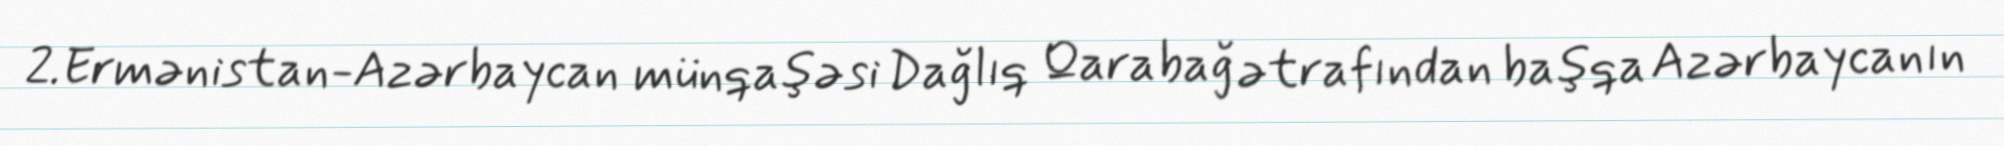
2.Ermənistan-Azərbaycan münqaşəsi Dağlıq Qarabağ ətrafından başqa Azərbaycanın